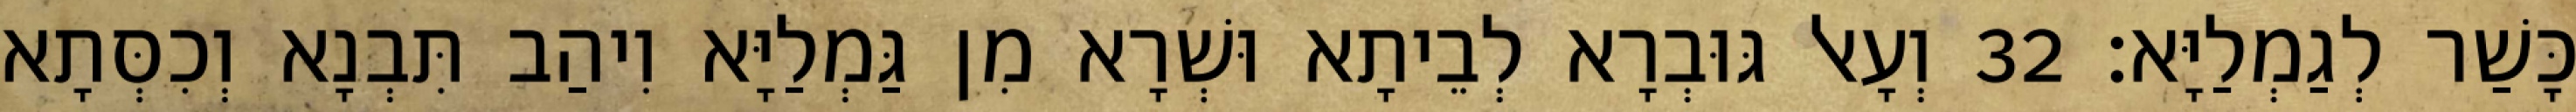
כָּשַׁר לְגַמְלַיָּא׃ 32 וְעָאל גּוּבְרָא לְבֵיתָא וּשְׁרָא מִן גַּמְלַיָּא וִיהַב תִּבְנָא וְכִסְּתָא